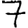
Digit: 7